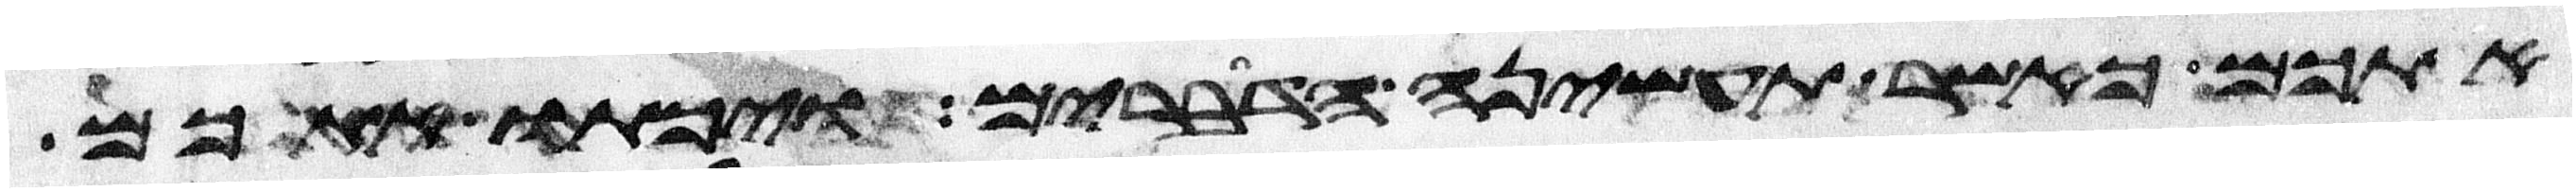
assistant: אתכם כאשר תעשינה הדברים ויכתו אתכם